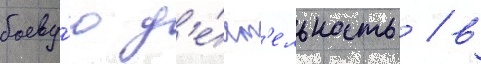
боеву́ю д'е́ят'ельность / в